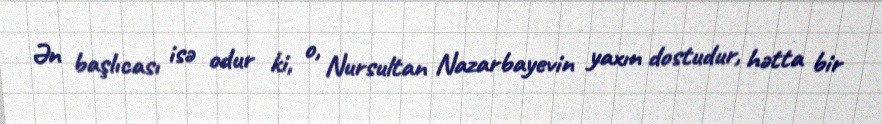
Ən başlıcası isə odur ki, o, Nursultan Nazarbayevin yaxın dostudur, hətta bir